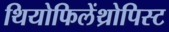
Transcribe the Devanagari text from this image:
थियोफिलेंथ्रोपिस्ट